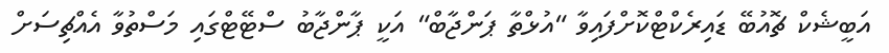
އަބީޝެކް ޗޮއުބޭ ޑައިރެކްޓްކޮށްފައިވާ "އުޅްތާ ޕަންޖާބް" އަކީ ޕާންޖާބު ސްޓޭޓްގައި މަސްތުވާ އެއްޗިސަށް